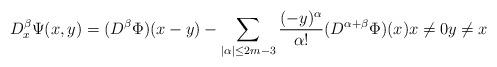
LaTeX: \begin{align*} D^\beta_x\Psi(x,y) = (D^\beta\Phi)(x-y) - \sum_{|\alpha|\le 2m-3} \frac{(-y)^\alpha}{\alpha!} (D^{\alpha+\beta} \Phi)(x) x\ne 0 y\ne x\end{align*}